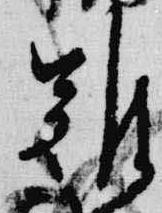
難